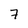
Character: 7